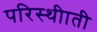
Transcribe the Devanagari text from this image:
परिस्थीाती